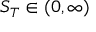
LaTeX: S _ { T } \in ( 0 , \infty )